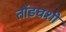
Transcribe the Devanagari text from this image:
तोंडघशी